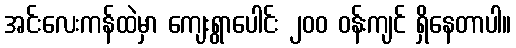
အင်းလေးကန်ထဲမှာ ကျေးရွာပေါင်း ၂၀၀ ဝန်းကျင် ရှိနေတာပါ။